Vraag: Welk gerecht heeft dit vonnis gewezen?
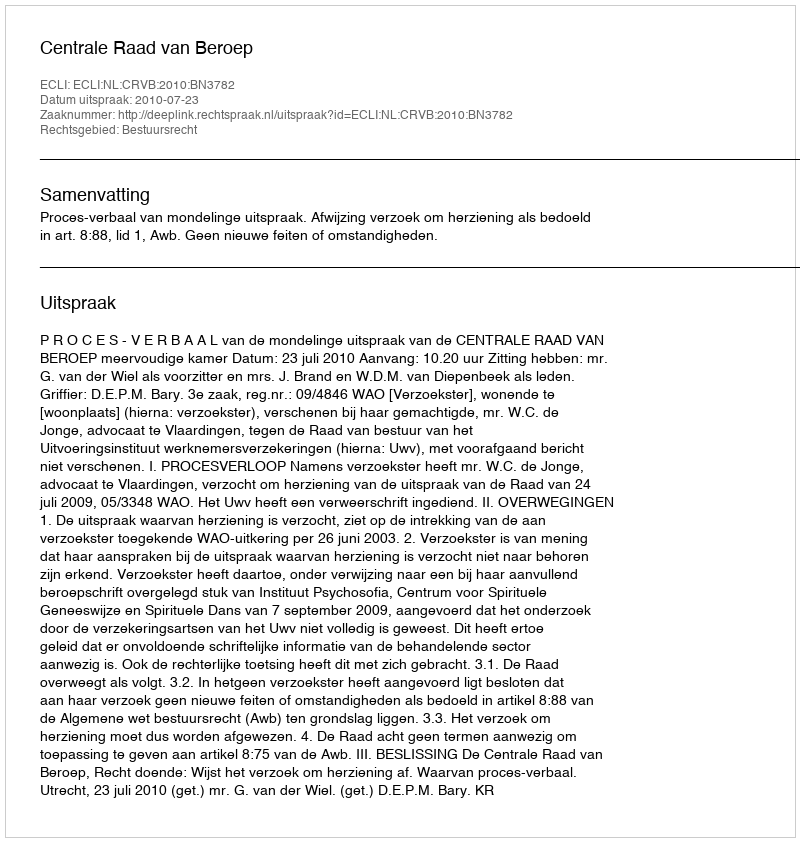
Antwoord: Centrale Raad van Beroep